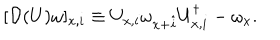
LaTeX: [ { \cal D } ( U ) \omega ] _ { x , i } \equiv U _ { x , i } \omega _ { x + \hat { i } } U _ { x , i } ^ { \dagger } - \omega _ { x } .